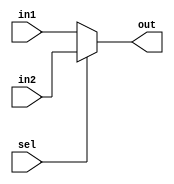
`timescale 1ns/1ps

module mux  #(parameter N = 32)
             (input  [N-1:0] in1, 
              input  [N-1:0] in2, 
              input          sel, 
              output [N-1:0] out);
            
    assign out = (~sel)? in1 : in2;
    
endmodule

module mux3  #(parameter N = 32)
              (input  [N-1:0] in1, 
               input  [N-1:0] in2,
               input  [N-1:0] in3,
               input          sel1,
               input          sel2, 
               output [N-1:0] out);
               
    assign out =  (( sel1)  && (~sel2))? in1:
                 (((~sel1)  && (~sel2))? in2:
                 (((~sel1)  && (sel2))?  in3: 0));
    
endmodule